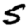
Digit: 5